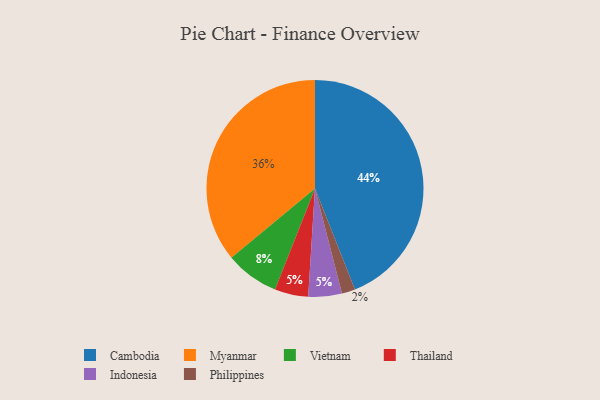
{"axis": {"x": "Category", "y": "Percentage"}, "legend": ["Cambodia", "Indonesia", "Myanmar", "Philippines", "Thailand", "Vietnam"], "data": [{"x": "Vietnam", "y": 8, "type": "Vietnam"}, {"x": "Thailand", "y": 5, "type": "Thailand"}, {"x": "Indonesia", "y": 5, "type": "Indonesia"}, {"x": "Myanmar", "y": 36, "type": "Myanmar"}, {"x": "Philippines", "y": 2, "type": "Philippines"}, {"x": "Cambodia", "y": 44, "type": "Cambodia"}]}